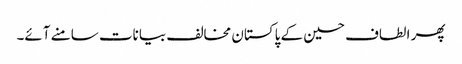
پھر الطاف حسین کے پاکستان مخالف بیانات سامنے آئے۔